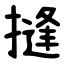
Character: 摓